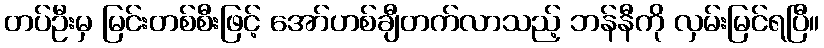
တပ်ဦးမှ မြင်းတစ်စီးဖြင့် အော်ဟစ်ချီတက်လာသည့် ဘန်နီကို လှမ်းမြင်ရပြီ။